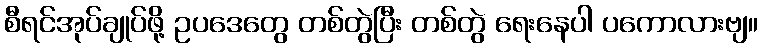
စီရင်အုပ်ချုပ်ဖို့ ဥပဒေတွေ တစ်တွဲပြီး တစ်တွဲ ရေးနေပါ ပကောလားဗျ။